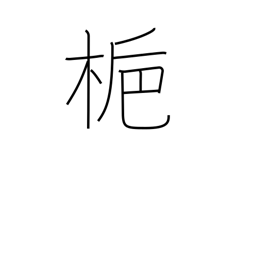
Meaning: gardenia